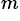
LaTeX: ^{m}